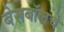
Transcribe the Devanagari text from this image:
बेसबॉलचे